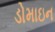
ડોમાઇન